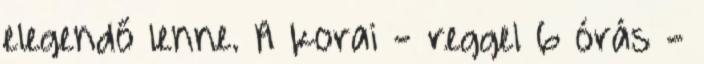
elegendő lenne. A korai - reggel 6 órás -